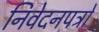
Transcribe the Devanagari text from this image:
निवेदनपत्रों